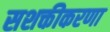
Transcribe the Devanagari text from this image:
सशक्तीकरणा